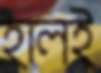
হালই